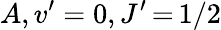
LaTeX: A,v^{\prime}=0,J^{\prime}\, {=}\, 1/2